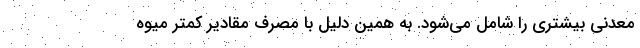
معدنی بیشتری را شامل می‌شود. به همین دلیل با مصرف مقادیر کمتر میوه